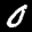
Label: 0